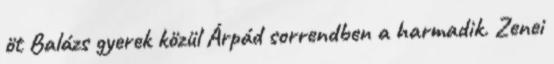
öt Balázs gyerek közül Árpád sorrendben a harmadik. Zenei